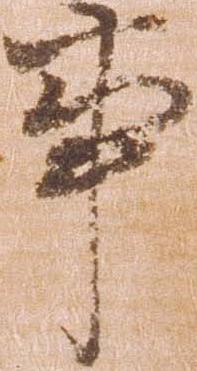
事